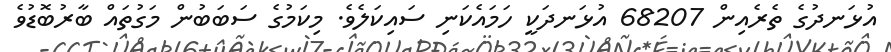
އުޅަނދުގެ ތެރެއިން 68207 އުޅަނދަކީ ހަމައެކަނި ސައިކަލެވެ. މިކަމުގެ ސަބަބުން މަގުތައް ބާރުބޮޑުވެ